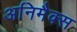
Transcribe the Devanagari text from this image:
अनिमैक्स